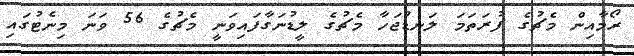
ރޯމާއިން މެޗުގެ ފުރަތަމަ ލަނޑުޖަހާ މެޗުގެ ލީޑުނަގާފައިވަނީ މެޗުގެ 56 ވަނަ މިނެޓުގައި